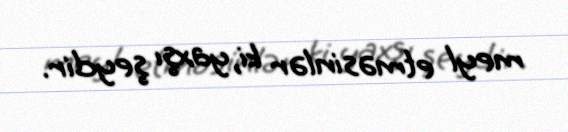
meyl etməsinlər ki, yaxşı şeydir.